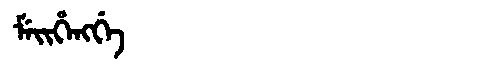
Manchu: ᠮᡝᡳᡥᡝᠩᡤᡝ
Romanization: MEIHENGGE